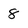
Character: 8